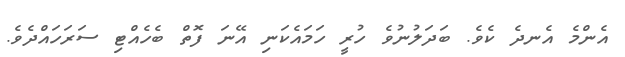
އެންމެ އެނދެ ކެވެ. ބަދަލުނުވެ ހުރީ ހަމައެކަނި އޭނަ ފޮތް ބެހެއްޓި ސަރަހައްދެވެ.